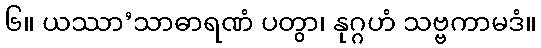
၆။ ယဿာ’သာဓာရဏံ ပတွာ၊ နုဂ္ဂဟံ သဗ္ဗကာမဒံ။